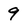
Character: 9